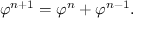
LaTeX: \varphi ^ { n + 1 } = \varphi ^ { n } + \varphi ^ { n - 1 } .